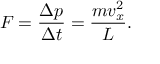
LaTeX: F = { \frac { \Delta p } { \Delta t } } = { \frac { m v _ { x } ^ { 2 } } { L } } .